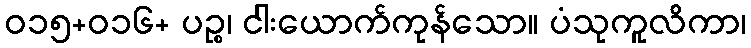
ဝ၁၅+၀၁၆+ ပဉ္စ၊ ငါးယောက်ကုန်သော။ ပံသုကူလိကာ၊